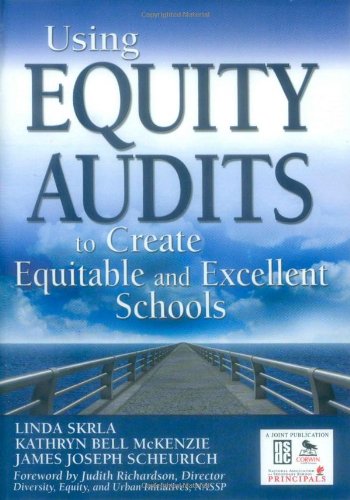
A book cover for Using Equity Audits to Create Equitable and Excellent Schools; Education & Teaching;